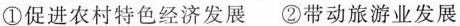
①促进农村特色经济发展 ②带动旅游业发展